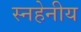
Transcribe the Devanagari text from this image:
स्नहेनीय